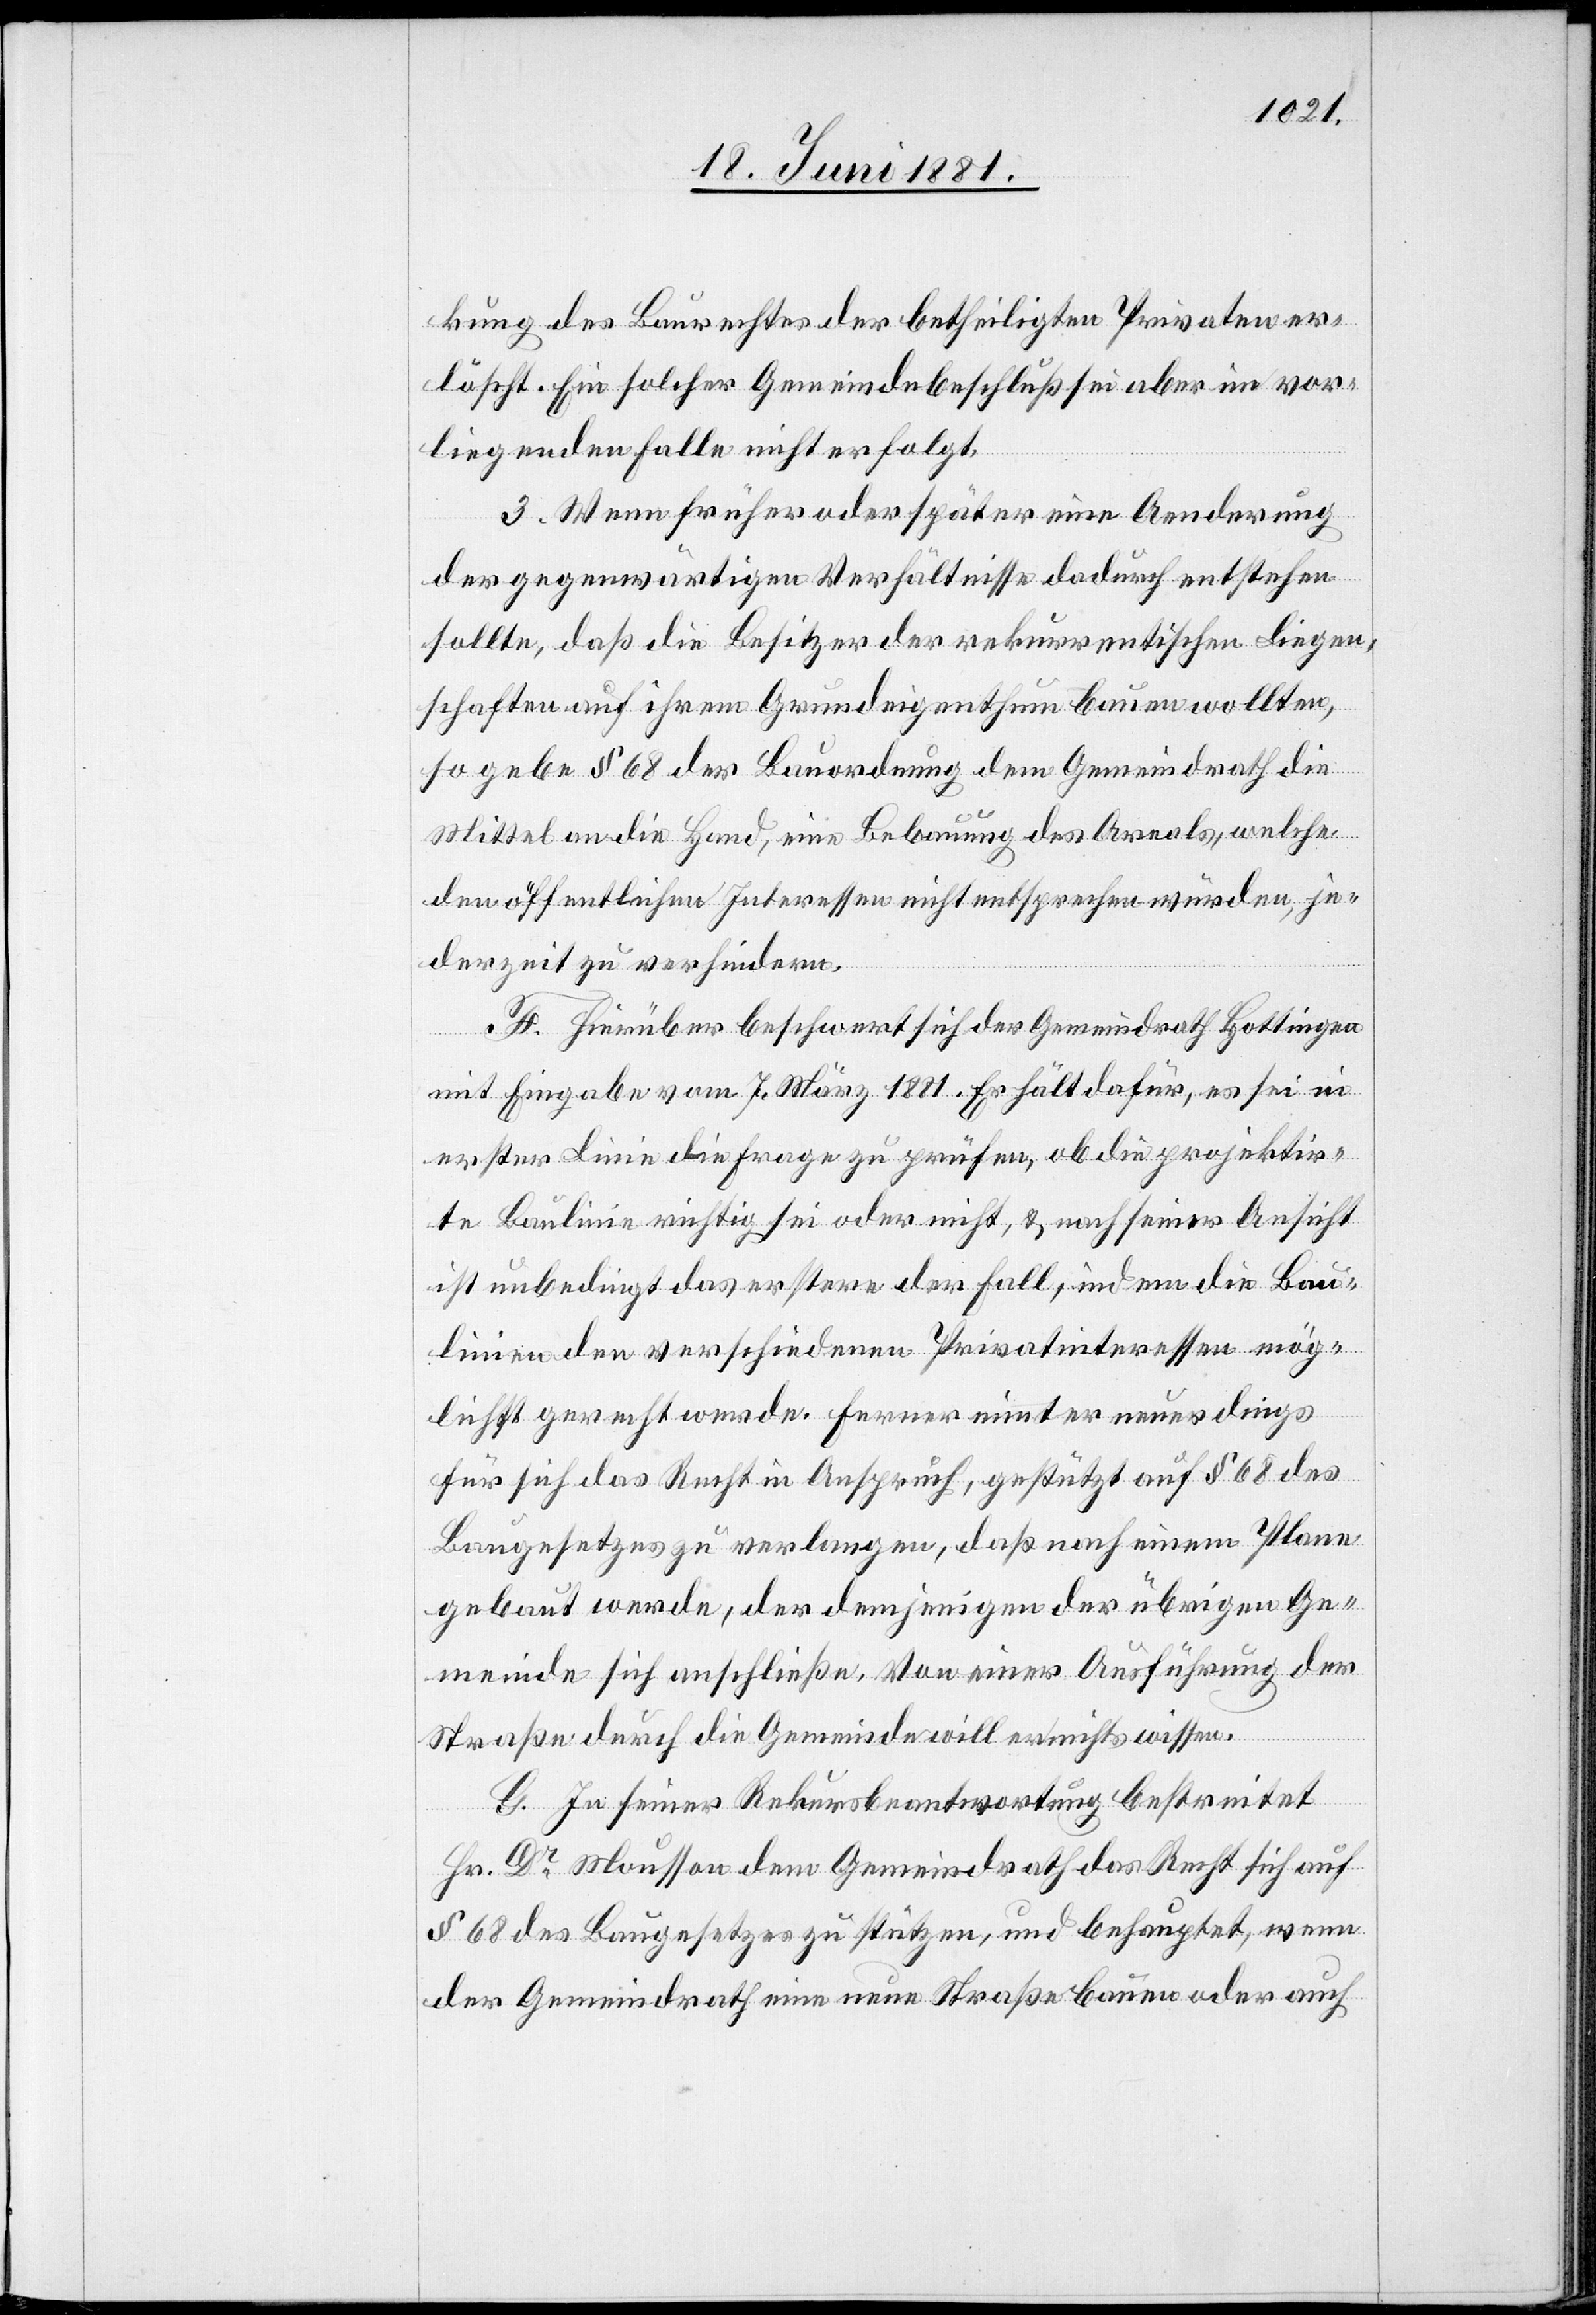
kung des Baurechtes der betheiligten Privaten er¬
löscht. Ein solcher Gemeindebeschluß sei im vor¬
liegenden Falle nicht erfolgt.
3. Wenn früher oder später eine Aenderung
der gegenwärtigen Verhältnisse dadurch entstehen
sollten, daß die Besitzer der rekurrentischen Liegen¬
schaften auf Ihrem Grundeigenthum bauen wollten,
so gebe § 68 der Bauordnung dem Gemeindrath die
Mittel an die Hand, eine Bebauung des Areals, welche
den öffentlichen Interessen nicht entsprechen würden, je¬
derzeit zu verhindern.
F. Hierüber beschwert sich der Gemeindrath Hottingen
mit Eingabe vom 7. März 1881. Er hält dafür, es sei in
erster Linie die Frage zu prüfen, ob die projektir¬
te Baulinie richtig sei oder nicht, & nach seiner Ansicht
ist unbedingt das erstere der Fall, indem die Bau¬
linien den verschiedenen Privatinteressen mög¬
lichst gerecht werde. Ferner nimmt er neuerdings
für sich das Recht in Anspruch, gestützt auf § 68 des
Baugesetzes zu verlangen, daß nach einem Plane
gebaut werde, der demjenigen der übrigen Ge¬
meinde sich anschließe. Von einer Ausführung der
Straße durch die Gemeinde will er nichts wissen.
G. In seiner Rekursbeantwortung bestreitet
Hr. Dr Mousson dem Gemeindrath das Recht sich auf
§ 68 des Baugesetzes zu stützen, und behauptet, wenn
der Gemeindrath eine neue Straße oder auch